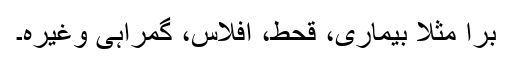
برا مثلاً بیماری، قحط، افلاس، گمراہی وغیرہ۔